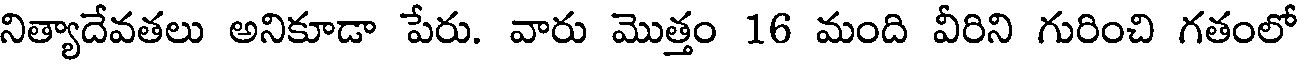
నిత్యాదేవతలు అనికూడా పేరు. వారు మొత్తం 16 మంది వీరిని గురించి గతంలో